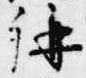
講